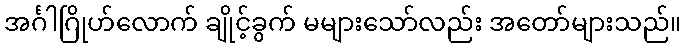
အင်္ဂါဂြိုဟ်လောက် ချိုင့်ခွက် မများသော်လည်း အတော်များသည်။